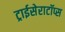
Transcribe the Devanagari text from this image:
ट्राईसेराटॉप्स